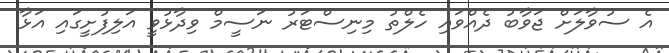
އެ ސުވާލަށް ޖަވާބު ދެއްވައި ހެލްތު މިނިސްޓަރުު ނަސީމް ވިދާޅުވީ އަލިފުށީގައި އަޅާ